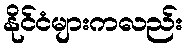
နိုင်ငံများကလည်း